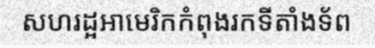
សហរដ្អអាមេរិកកំពុងរកទីតាំងទ័ព